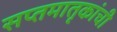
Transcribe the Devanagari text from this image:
सप्तमातृकांची